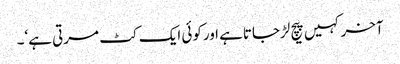
آخرکہیں پیچ لڑجاتاہے اورکوئی ایک کٹ مرتی ہے‘۔